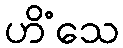
ဟိံသေ